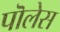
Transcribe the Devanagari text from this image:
पॊलेस